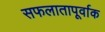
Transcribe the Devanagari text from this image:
सफलातापूर्वाक